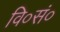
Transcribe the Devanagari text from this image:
वि०सं०